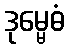
ဒုမ္မေဓံ